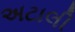
અટાલી